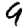
Digit: 9